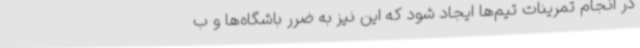
در انجام تمرینات تیم‌ها ایجاد شود که این نیز به ضرر باشگاه‌ها و ب